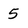
Character: 5